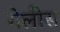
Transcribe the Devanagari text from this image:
गेलीस